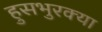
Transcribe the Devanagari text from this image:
हुसभुरक्या